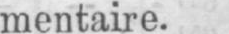
mentaire.